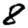
Digit: 8